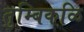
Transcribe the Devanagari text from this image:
तुम्बिकळि